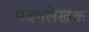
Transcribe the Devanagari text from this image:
पवनलेखक